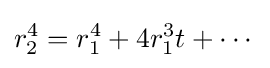
r_{2}^{4}=r_{1}^{4}+4r_{1}^{3}t+\cdots